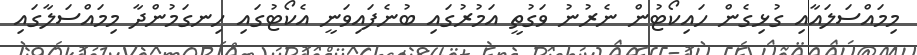
މިމައްސަލައާއި ގުޅިގެން ހައިކޯޓުން ނެރުނު ވަގުތީ އަމުރުގައި ބުނެފައިވަނީ އެކޯޓުގައި ހިނގަމުންދާ މިމައްސަލާގައި